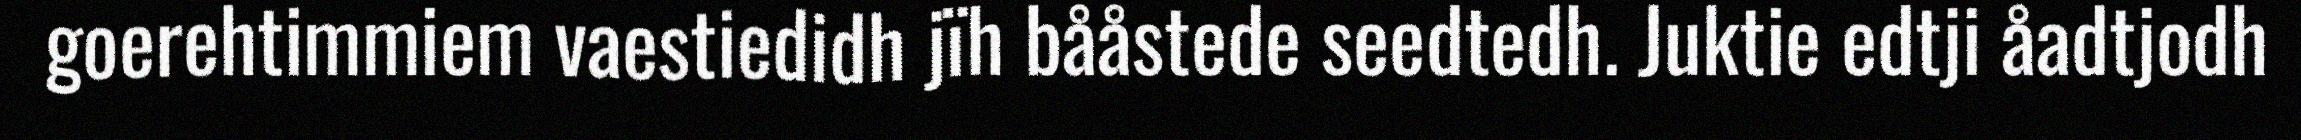
goerehtimmiem vaestiedidh jïh bååstede seedtedh. Juktie edtji åadtjodh